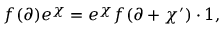
f ( \partial ) e ^ { \chi } = e ^ { \chi } f ( \partial + \chi ^ { \prime } ) \cdot 1 ,